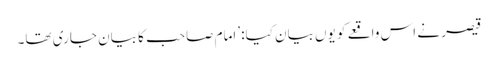
قیصر نے اس واقعے کو یوں بیان کیا: ’امام صاحب کا بیان جاری تھا۔